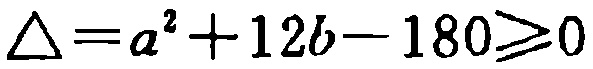
\(\triangle = a^{2}+12b - 180\geqslant0\)